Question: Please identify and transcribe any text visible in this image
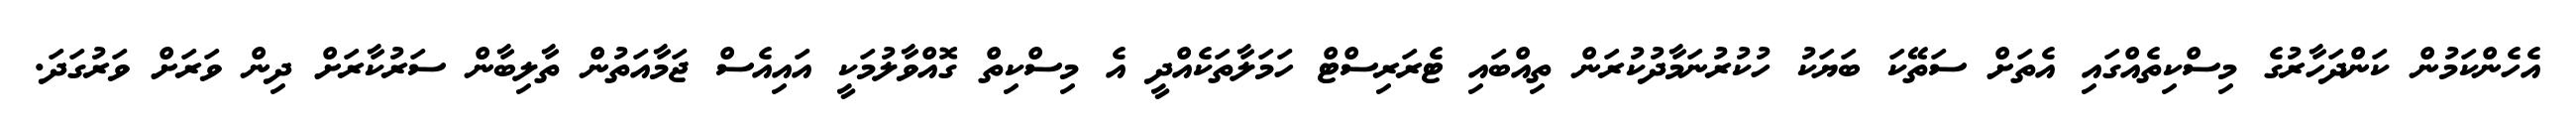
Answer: އެހެންކަމުން ކަންދަހާރުގެ މިސްކިތެއްގައި އެތަށް ސަތޭކަ ބަޔަކު ހުކުރުނަމާދުކުރަން ތިއްބައި ޓެރަރިސްޓް ހަމަލާތަކެއްދީ އެ މިސްކިތް ގޮއްވާލުމަކީ އައިއެސް ޖަމާއަތުން ތާލިބާން ސަރުކާރަށް ދިން ވަރަށް ވަރުގަދަ.